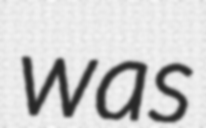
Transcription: was